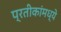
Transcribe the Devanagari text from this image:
प्रतीकांमध्ये